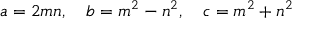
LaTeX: a = 2 m n , \quad b = m ^ { 2 } - n ^ { 2 } , \quad c = m ^ { 2 } + n ^ { 2 }